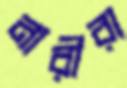
নারীরা